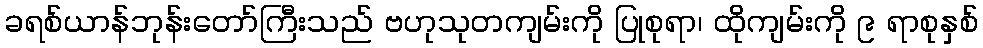
ခရစ်ယာန်ဘုန်းတော်ကြီးသည် ဗဟုသုတကျမ်းကို ပြုစုရာ၊ ထိုကျမ်းကို ၉ ရာစုနှစ်